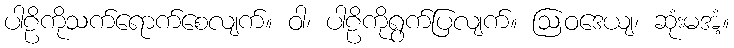
ပါဠိကိုသက်ရောက်စေလျက်။ ဝါ၊ ပါဠိကိုရွက်ပြလျက်။ ဩဝဒေယျ၊ ဆုံးမအံ့။